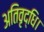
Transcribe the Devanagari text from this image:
अतिवृद्धि।